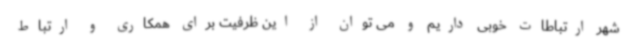
شهر ارتباطات خوبی داریم و می توان از این ظرفیت برای همکاری و ارتباط